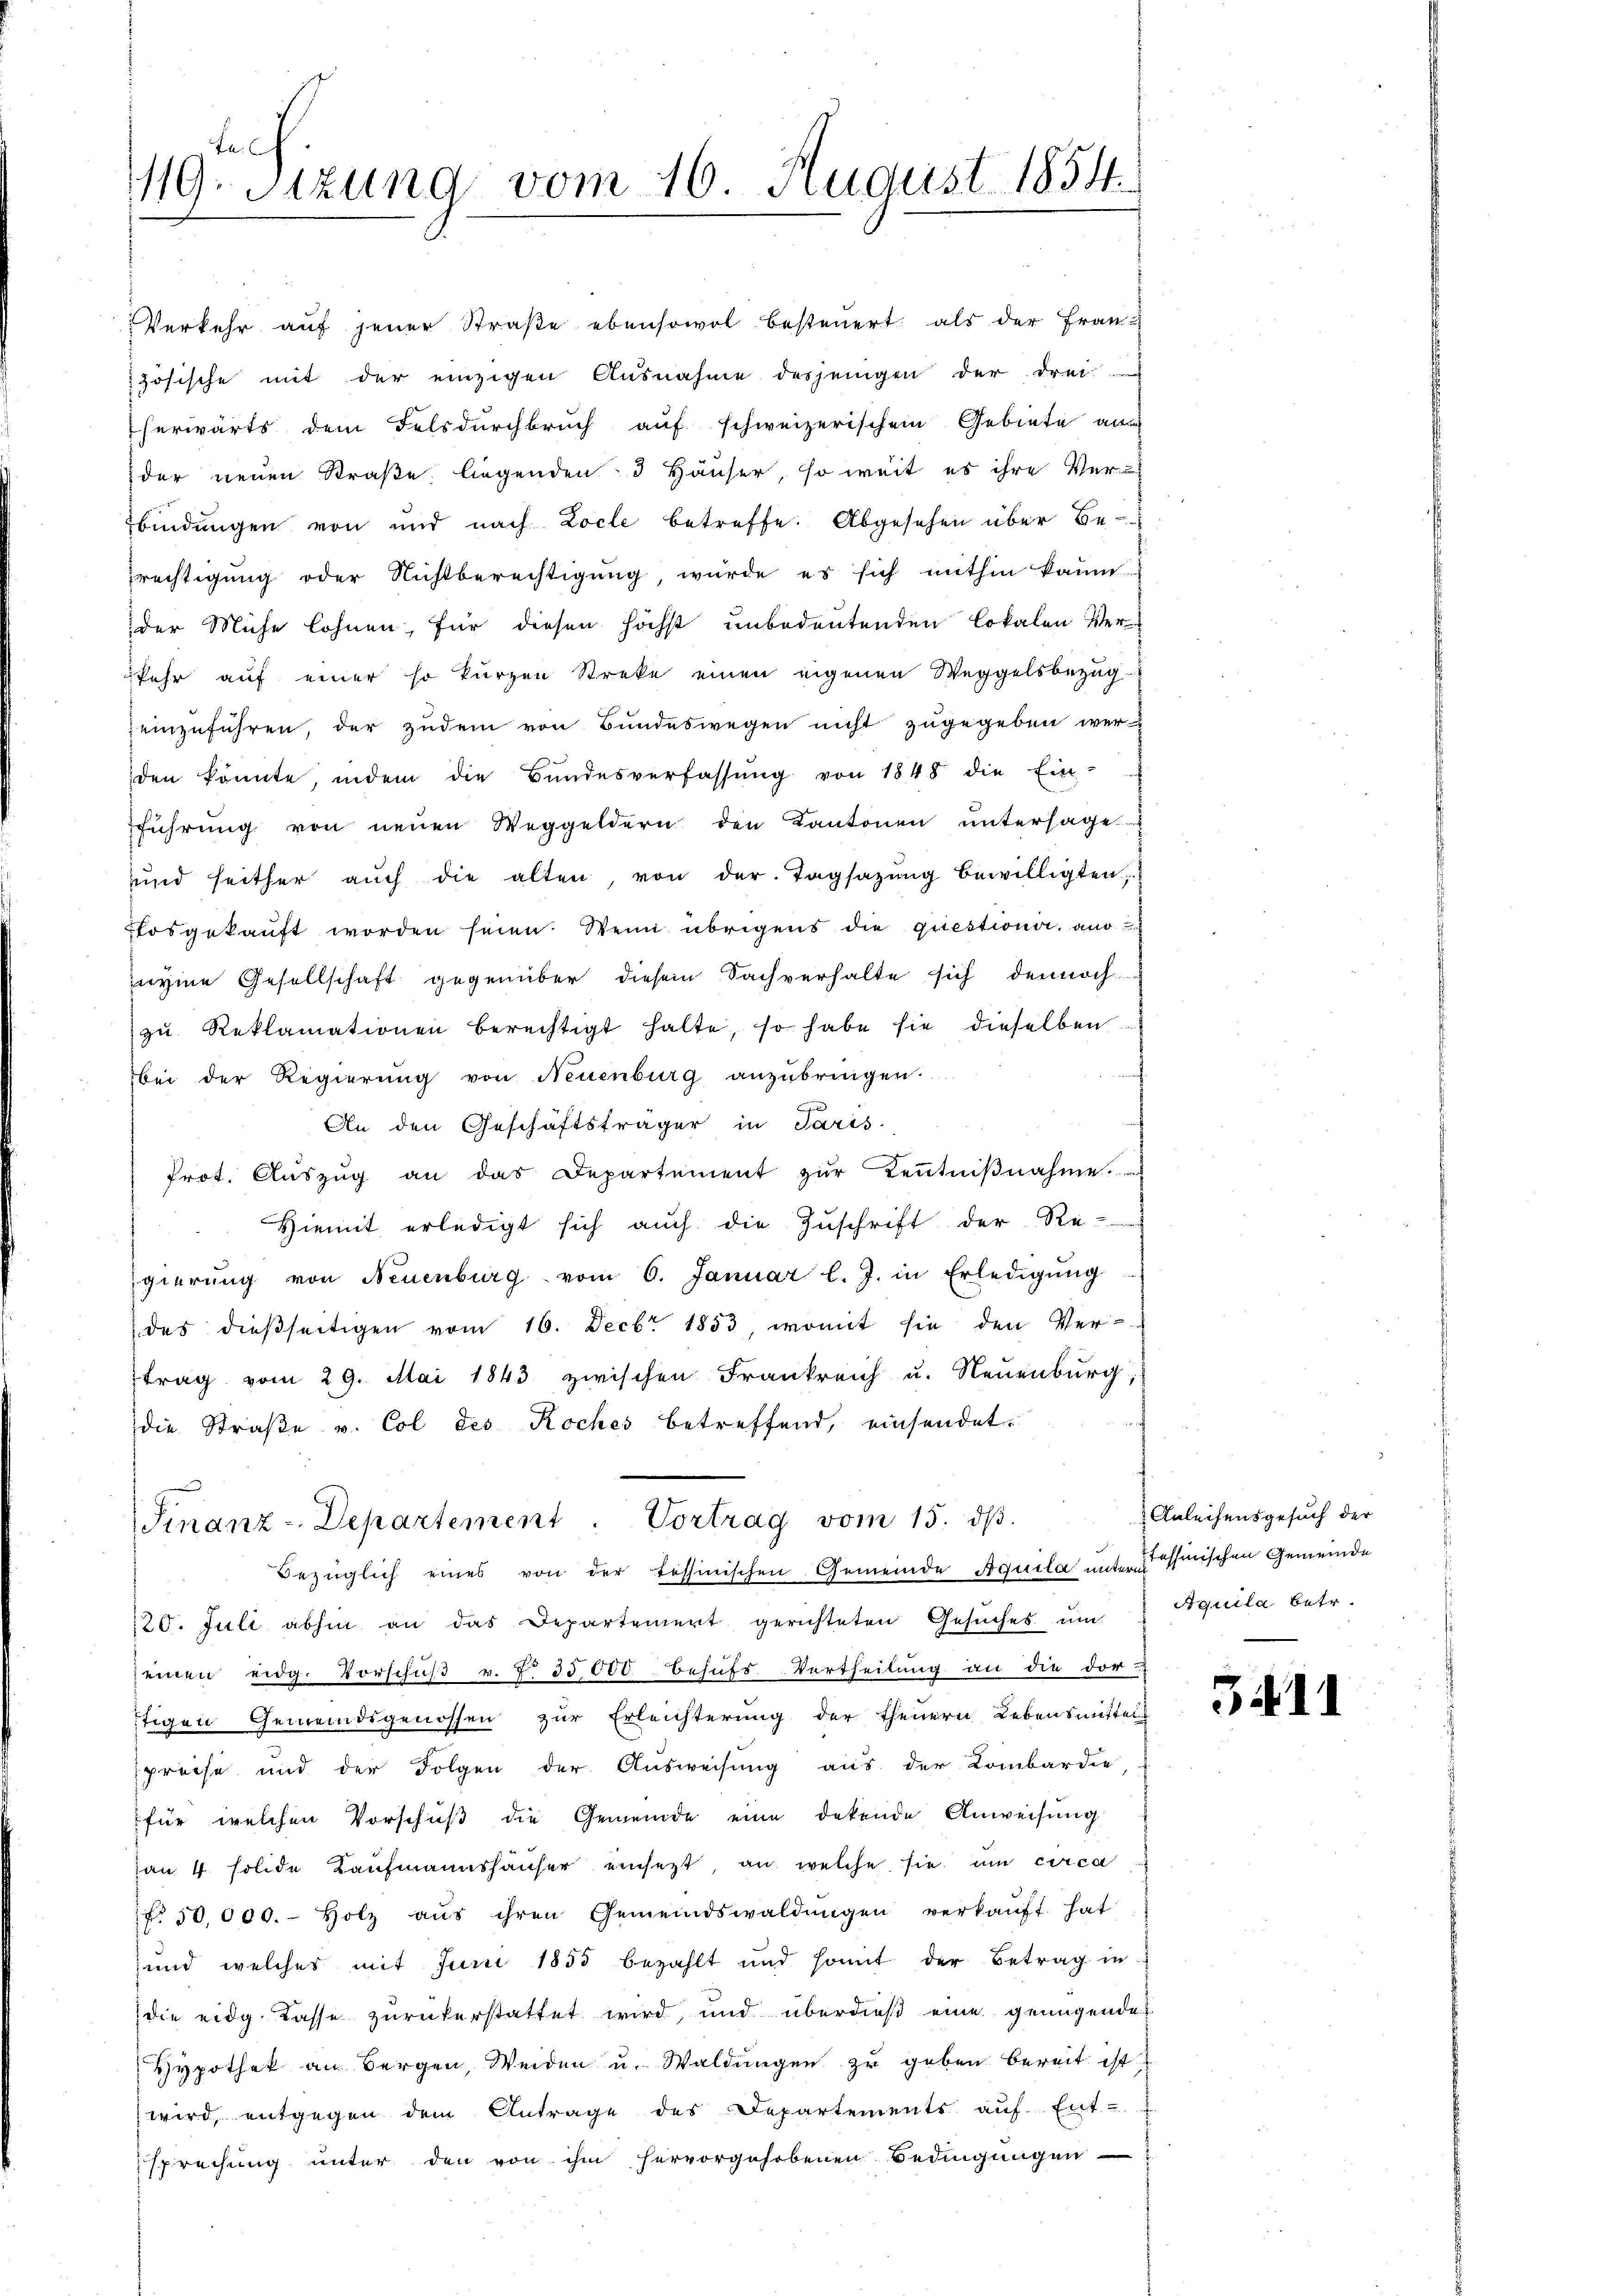
Fe
1119. Sitzung vom 16. August 1854

Verkehr auf jener Straße ebensowol besteuert als der Französische mit der einzigen Ausnahme desjenigen der drei-
herwärts dem Felsdurchbruch auf schweizerischem Gebiete au
der neuen Straße liegenden 3 Häuser, so weit es ihre Ver-
bindungen von und nach Locle betreffe. Abgesehen über Be-
rechtigung oder Nichtberechtigung, wurde es sich mithin kaum
der Mühe lohnen, für diesen höchst unbedeutenden Lokalen Verfehr auf einer so kurzen Streke einen eigenen Weggelsbezug
einzuführen, der zudem von Bundeswegen nicht zugegeben wer-
den könnte, indem die Bundesverfassŭng von 1848 die Ein-
führŭng von neuen Weggeldern den Kantonen untersage
ŭnd seither aŭch die alten, von der Tagsazung bewilligten,
Elosgekauft worden seien. Wenn übrigens die questione, an
eyme Gesellschaft gegenüber diesem Sachverhalte sich dennoch
zu Reklamationen berechtigt halte, so habe sie dieselben
bei der Regierŭng von Neuenburg anzŭbringen.
An den Geschäftsträger in Paris
Prot. Aŭszŭg an das Departement zŭr Kenntniβnahme.
Hiemit erledigt sich auch die Zuschrift der Re-
gierung von Neuenburg vom 6. Januar l. J. in Erledigŭng
des dießseitigen vom 16. Decbr. 1853, womit sie den Ver-
trag vom 29. Mai 1843 zwischen Frankreich u. Neuenburg,
die Straße v. Col des Roches betreffend, einsendet.
Finanz-Departement. Vortrag vom 15. dβ.
Bezüglich eines von der tessinischen Gemeinde Aquila unter einischen Gemeinde
120. Juli abhin an das Departement gerichteten Gesŭches um
einen eidg. Vorschuß v. Z. 35000 Behufs Vertheilung an die dor-
tigen Gemeindsgenossen zur Erleichterung der theuern Lebensmittel
preise und der Folgen der Ausweisung aus der Kombardie-
für welchen Vorschuß die Gemeinde eine dekende Anweisung
an 4 folide Kaufmannshäuser einsetzt an welche sie um circa
NNo. 50,000.- Holz aŭs ihren Gemeindswaldungen verkaŭft hat
und welches mit Junii 1855 bezahlt und somit der Betrag in
die eidg. Kasse zurükerstattet wird, und überdieß eine genügendes
Hypothek an Bergen, Weiden u. Waldungen zu geben bereit ist
wird, entgegen dem Antrage des Departements auf Ent-
sprechung unter den von ihm hervorgehobenen Bedingungen

Anleihensgesuch der
Aquila betr.

54. 11